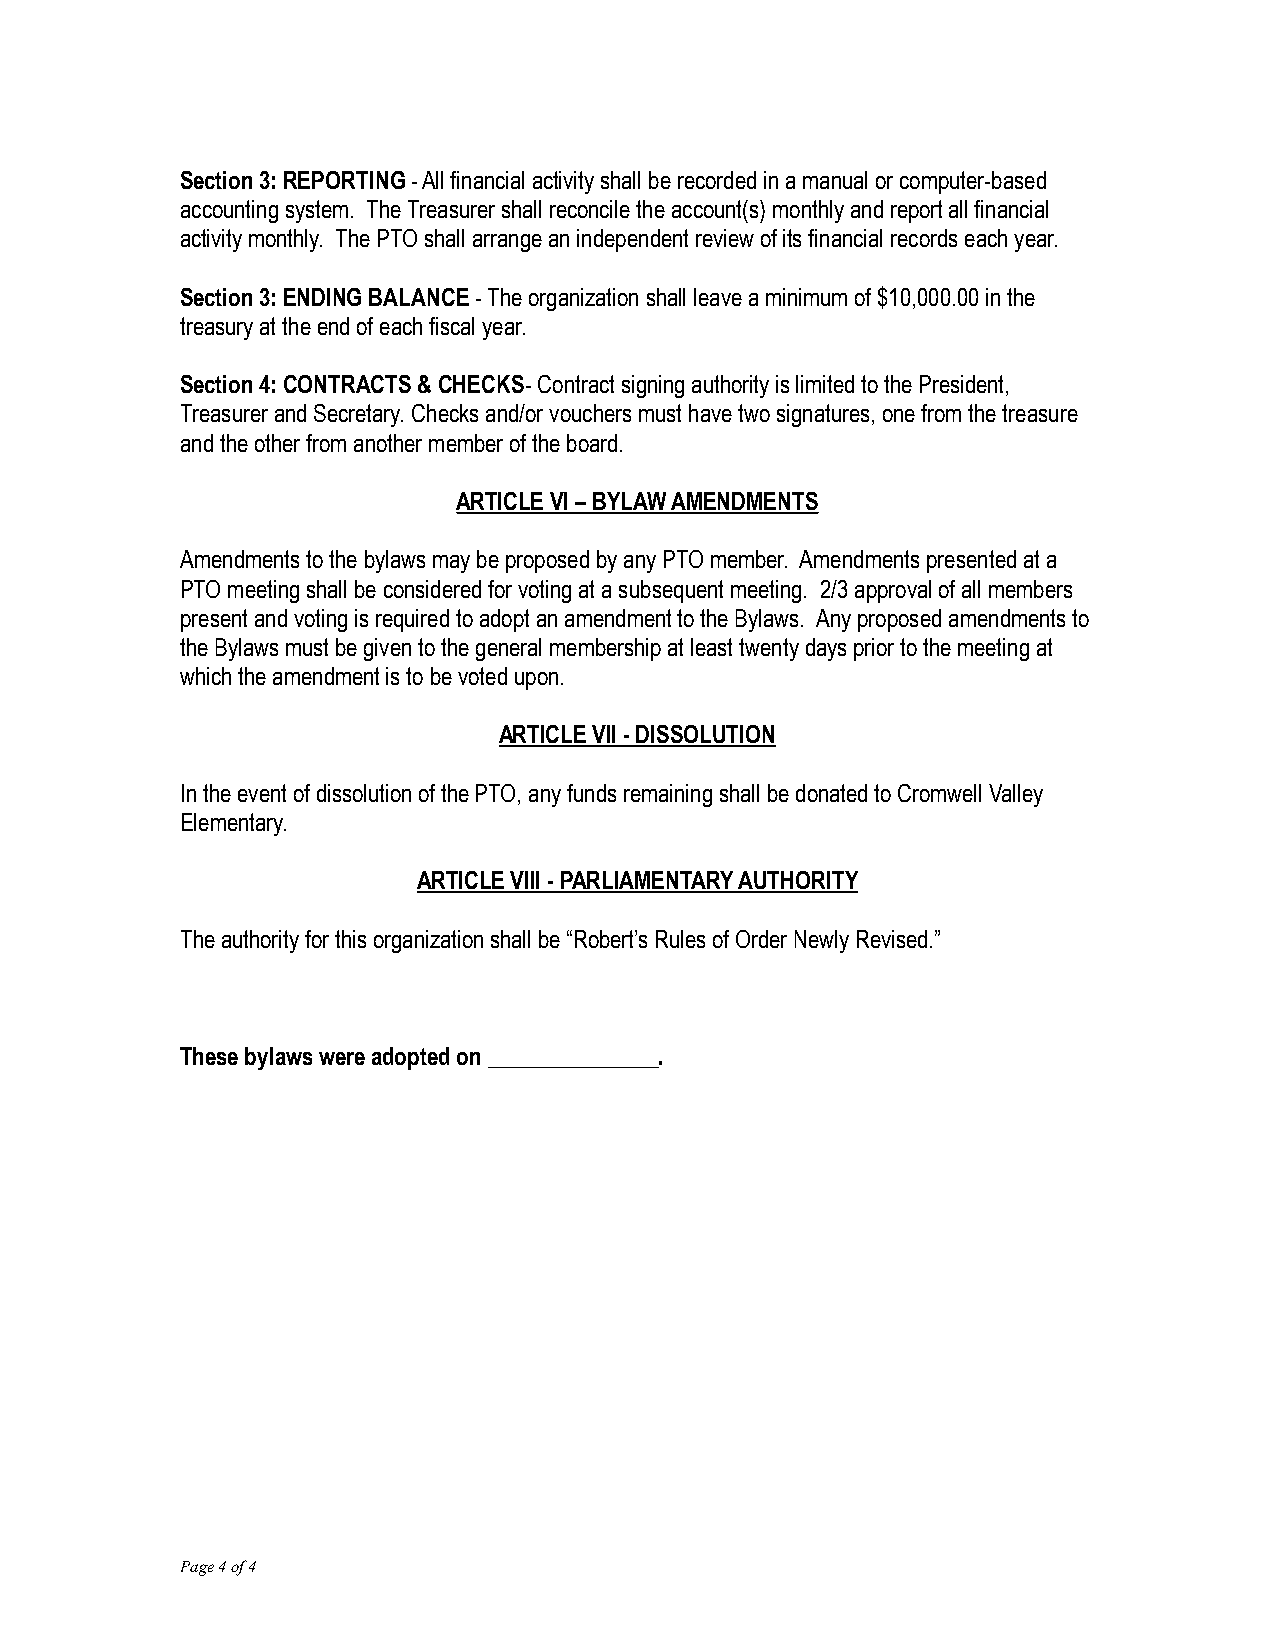
Section 3: REPORTING - All financial activity shall be recorded in a manual or computer-based
 accounting system. The Treasurer shall reconcile the account(s) monthly and report all financial
 activity monthly. The PTO shall arrange an independent review of its financial records each year.
 Section 3: ENDING BALANCE - The organization shall leave a minimum of $10,000.00 in the
 treasury at the end of each fiscal year.
 Section 4: CONTRACTS & CHECKS- Contract signing authority is limited to the President,
 Treasurer and Secretary. Checks and/or vouchers must have two signatures, one from the treasure
 and the other from another member of the board.
 ARTICLE VI – BYLAW AMENDMENTS
 Amendments to the bylaws may be proposed by any PTO member. Amendments presented at a
 PTO meeting shall be considered for voting at a subsequent meeting. 2/3 approval of all members
 present and voting is required to adopt an amendment to the Bylaws. Any proposed amendments to
 the Bylaws must be given to the general membership at least twenty days prior to the meeting at
 which the amendment is to be voted upon.
 ARTICLE VII - DISSOLUTION
 In the event of dissolution of the PTO, any funds remaining shall be donated to Cromwell Valley
 Elementary.
 ARTICLE VIII - PARLIAMENTARY AUTHORITY
 The authority for this organization shall be “Robert’s Rules of Order Newly Revised.”
 These bylaws were adopted on _______________.
 Page 4 of 4